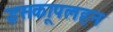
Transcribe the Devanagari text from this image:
इसकाूपलहन